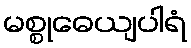
မစ္စုဓေယျပါရံ